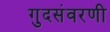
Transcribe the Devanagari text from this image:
गुदसंवरणी